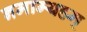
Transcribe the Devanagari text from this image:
नमाम्यहम्‌